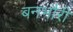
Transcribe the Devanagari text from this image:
बनभौरी